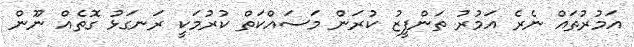
އަމުރުތައް ނެރެ އަމުރު ތަންފީޒު ކުރަން މަސައްކަތް ކުރުމަކީ ރަނގަޅު ގޮތެއް ނޫން